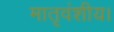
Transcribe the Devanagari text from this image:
मातृवंशीय।